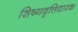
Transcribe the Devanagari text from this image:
शिष्यवृत्तिधारक